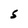
Character: S